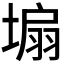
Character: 𪤆